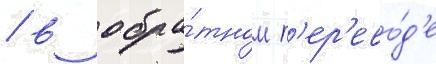
/ в обра́тном п'ер'ево́д'е